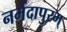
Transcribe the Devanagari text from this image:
नर्मदापुरम्